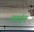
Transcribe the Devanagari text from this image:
समईत